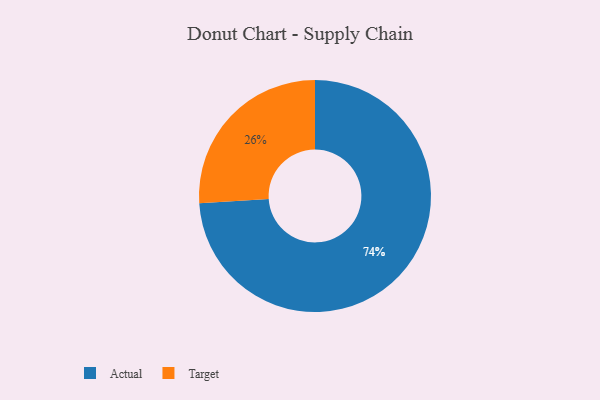
{"axis": {"x": "Category", "y": "Percentage"}, "legend": ["Actual", "Target"], "data": [{"x": "Target", "y": 26, "type": "Target"}, {"x": "Actual", "y": 74, "type": "Actual"}]}